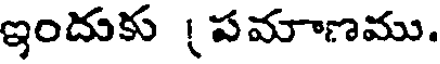
ఇందుకు (పమాణము.